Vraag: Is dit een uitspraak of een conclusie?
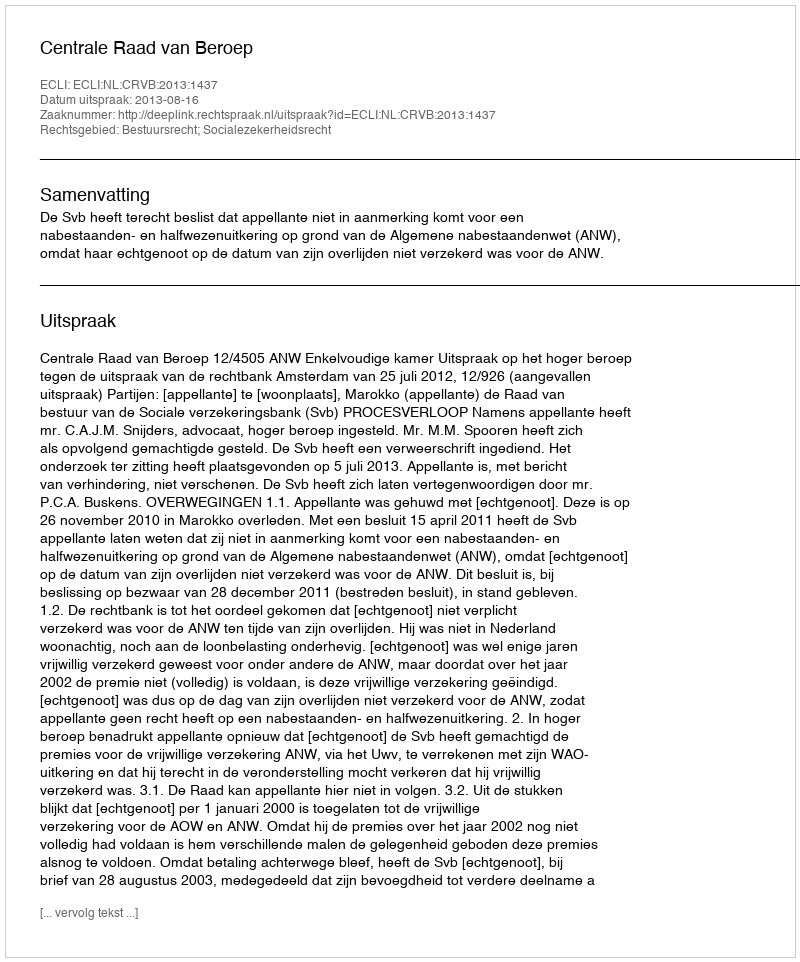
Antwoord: Uitspraak